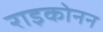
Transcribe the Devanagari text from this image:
राइकोनन